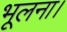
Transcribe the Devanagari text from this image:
भूलना।